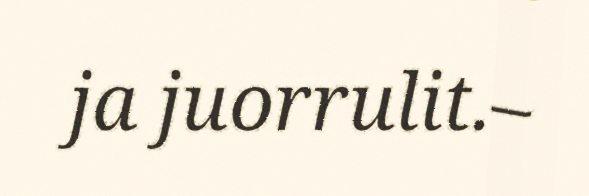
ja juorrulit.–